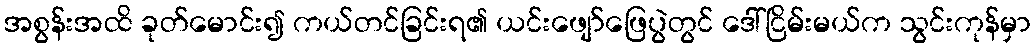
အစွန်းအထိ ခုတ်မောင်း၍ ကယ်တင်ခြင်းရ၏ ယင်းဖျော်ဖြေပွဲတွင် ဒေါ်ငြိမ်းမယ်က သွင်းကုန်မှာ